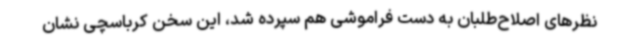
‌نظرهای اصلاح‌طلبان به دست فراموشی هم سپرده شد، این سخن کرباسچی نشان